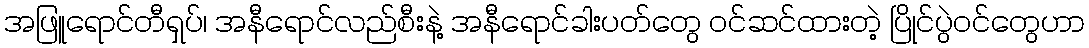
အဖြူရောင်တီရှပ်၊ အနီရောင်လည်စီးနဲ့ အနီရောင်ခါးပတ်တွေ ဝင်ဆင်ထားတဲ့ ပြိုင်ပွဲဝင်တွေဟာ